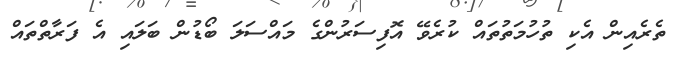
ތެރެއިން އެކި ތުހުމަތުތައް ކުރެވޭ އޮފިސަރުންގެ މައްސަލަ ބޯޑުން ބަލައި އެ ފަރާތްތައް